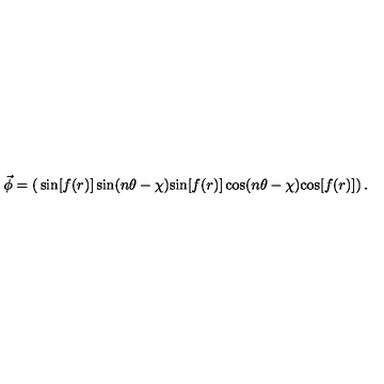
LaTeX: \vec { \phi } = \left( \begin{matrix} { \sin [ f ( r ) ] \sin ( n \theta - \chi ) } \\ { \sin [ f ( r ) ] \cos ( n \theta - \chi ) } \\ { \cos [ f ( r ) ] } \\ \end{matrix} \right) .